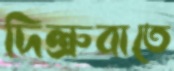
দিল্রুবাতে